Indian journal of veterinary science and animal husbandry - Volume 10,
Year: 1940
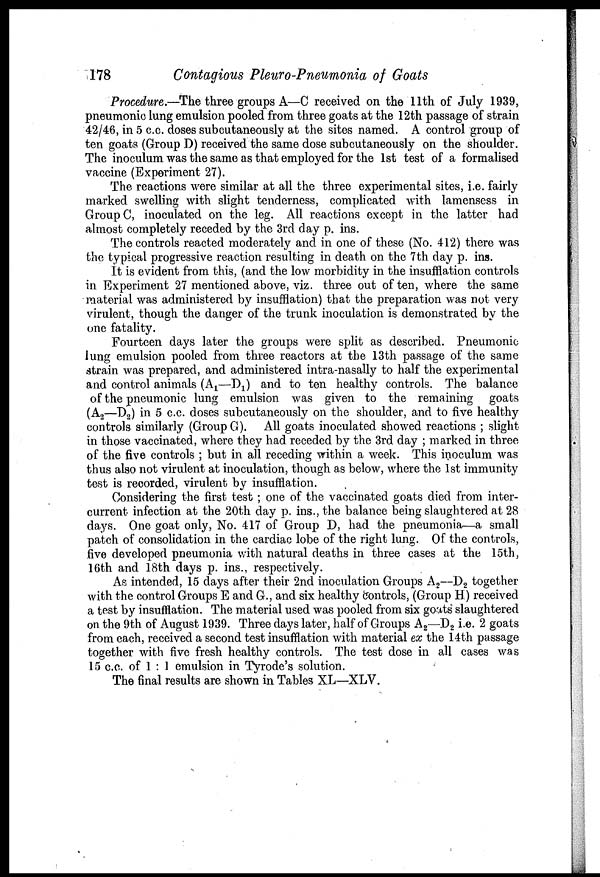
178
Contagious Pleuro-Pneumonia of Goats
Procedure.—The three groups A—C received on the 11th of July 1939,
pneumonic lung emulsion pooled from three goats at the 12th passage of strain
42/46, in 5 c.c. doses subcutaneously at the sites named. A control group of
ten goats (Group D) received the same dose subcutaneously on the shoulder.
The inoculum was the same as that employed for the 1st test of a formalised
vaccine (Experiment 27).
The reactions were similar at all the three experimental sites, i.e. fairly
marked swelling with slight tenderness, complicated with lamensess in
Group C, inoculated on the leg. All reactions except in the latter had
almost completely receded by the 3rd day p. ins.
The controls reacted moderately and in one of these (No. 412) there was
the typical progressive reaction resulting in death on the 7th day p. ins.
It is evident from this, (and the low morbidity in the insufflation controls
in Experiment 27 mentioned above, viz. three out of ten, where the same
material was administered by insufflation) that the preparation was not very
virulent, though the danger of the trunk inoculation is demonstrated by the
one fatality.
Fourteen days later the groups were split as described. Pneumonic
lung emulsion pooled from three reactors at the 13th passage of the same
strain was prepared, and administered intra-nasally to half the experimental
and control animals (A 1 —D 1 ) and to ten healthy controls. The balance
of the pneumonic lung emulsion was given to the remaining goats
(A 2 —D 2 ) in 5 c.c. doses subcutaneously on the shoulder, and to five healthy
controls similarly (Group G). All goats inoculated showed reactions ; slight
in those vaccinated, where they had receded by the 3rd day ; marked in three
of the five controls ; but in all receding within a week. This inoculum was
thus also not virulent at inoculation, though as below, where the 1st immunity
test is recorded, virulent by insufflation.
Considering the first test ; one of the vaccinated goats died from inter-
current infection at the 20th day p. ins., the balance being slaughtered at 28
days. One goat only, No. 417 of Group D, had the pneumonia—a small
patch of consolidation in the cardiac lobe of the right lung. Of the controls,
five developed pneumonia with natural deaths in three cases at the 15th,
16th and 18th days p. ins., respectively.
As intended, 15 days after their 2nd inoculation Groups A 2 —D 2 together
with the control Groups E and G., and six healthy controls, (Group H) received
a test by insufflation. The material used was pooled from six goats slaughtered
on the 9th of August 1939. Three days later, half of Groups A 2 —D 2 i.e. 2 goats
from each, received a second test insufflation with material ex the 14th passage
together with five fresh healthy controls. The test dose in all cases was
15 c.c. of 1 : 1 emulsion in Tyrode's solution.
The final results are shown in Tables XL—XLV.